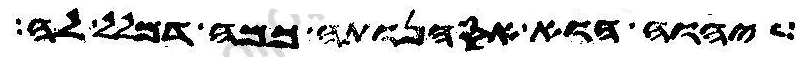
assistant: יהוה הוא אסהנותה כמה דמלל לה